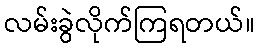
လမ်းခွဲလိုက်ကြရတယ်။